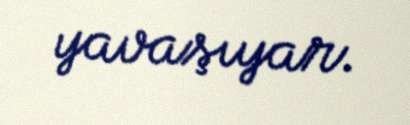
yavaşıyar.